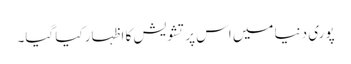
پوری دنیا میں اس پر تشویش کا ا ظہار کیا گیا۔